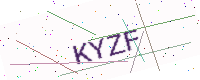
Text: KYZF